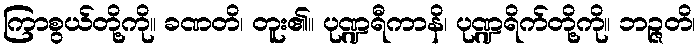
ကြာစွယ်တို့ကို။ ခဏတိ၊ တူး၏။ ပုဏ္ဍရီကာနိ၊ ပုဏ္ဍရိက်တို့ကို။ ဘဉ္ဇတိ၊